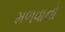
મળવાનો